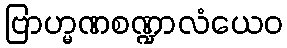
ဗြာဟ္မဏစဏ္ဍာလံယေဝ